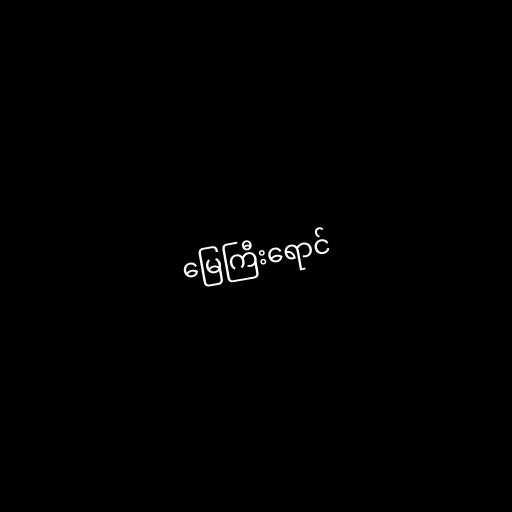
မြေကြီးရောင်